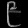
Digit: ၉